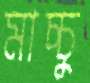
মাচ্চু